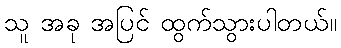
သူ အခု အပြင် ထွက်သွားပါတယ်။